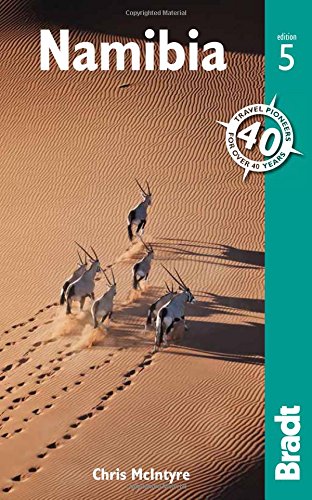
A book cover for Namibia (Bradt Travel Guide Namibia); Chris McIntyre; Travel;